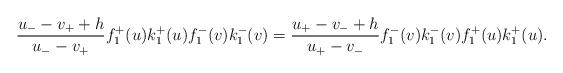
LaTeX: \begin{align*}\frac{u_{-}-v_{+}+h}{u_{-}-v_{+}}f_{1}^{+}(u)k_{1}^{+}(u)f_{1}^{-}(v)k_{1}^{-}(v)=\frac{u_{+}-v_{-}+h}{u_{+}-v_{-}}f_{1}^{-}(v)k_{1}^{-}(v)f_{1}^{+}(u)k_{1}^{+}(u). \end{align*}